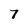
Character: 7